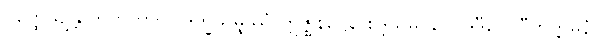
ပတ္ထေယျန္တိ ဘူတတာယ ဒုက္ခသမ္ဖဿံ ဣဇ္ဈနဋ္ဌေန စုဒ္ဒသမဝဂ္ဂေါ ဒုဒီပေါ ဝီတိက္ကမနံ